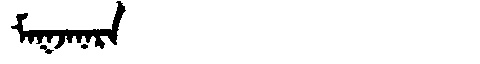
Manchu: ᠮᠠᡴᠵᠠᠨᠠᡵᠠ
Romanization: MAKJANARA